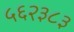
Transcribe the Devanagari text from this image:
५६२३८३